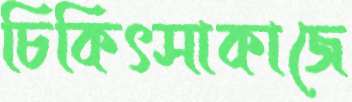
চিকিৎসাকাজে